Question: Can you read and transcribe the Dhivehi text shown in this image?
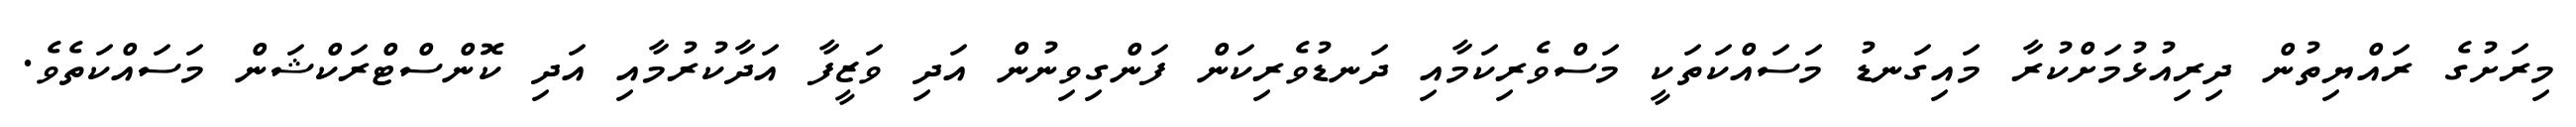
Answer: މިރަށުގެ ރައްޔިތުން ދިރިއުޅުމަށްކުރާ މައިގަނޑު މަސައްކަތަކީ މަސްވެރިކަމާއި ދަނޑުވެރިކަން ފަންގިވިނުން އަދި ވަޒީފާ އަދާކުރުމާއި އަދި ކޮންސްޓްރަކްޝަން މަސައްކަތެވެ.